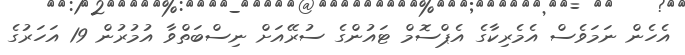
އެހެން ނަމަވެސް އެމެރިކާގެ އެޕްސޮމް ޓައުންގެ ސުރޭއަށް ނިސްބަތްވާ އުމުރުން 19 އަހަރުގެ